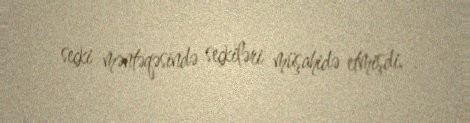
seçki məntəqəsində seçkiləri müşahidə etmişdi.